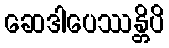
ဆေဒါပေဿန္တိပိ